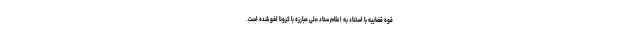
قوه قضاییه با استناد به اعلام ستاد ملی مبارزه با کرونا لغو شده است.